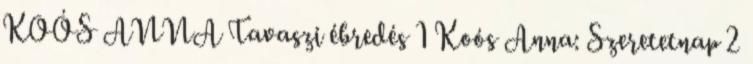
KOÓS ANNA Tavaszi ébredés 1 Koós Anna: Szeretetnap 2